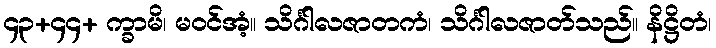
၄၃+၄၄+ က္ခာမိ၊ မဝင်အံ့။ သိင်္ဂါလဇာတကံ၊ သိင်္ဂါလဇာတ်သည်။ နိဋ္ဌိတံ၊